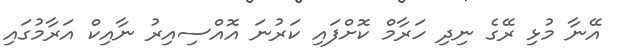
އޭނާ މުޅި ރޭގެ ނިދި ހަރާމް ކޮށްފައި ކަރުނަ އޮއްސިއިރު ނާއިކް އަރާމުގައި